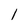
Character: l